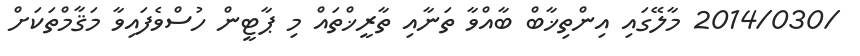
/2014/030 މާލޭގައި އިންތިޚާބް ބާއްވާ ތަނާއި ތާރީޚްތައް މި ޕާޓީން ހުސްވެފައިވާ މަޤާމްތަކަށް